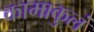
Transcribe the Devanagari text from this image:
कामाकुलं